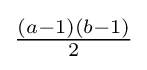
{\tfrac {(a-1)(b-1)}{2}}